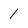
Character: 1